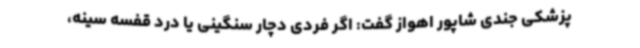
پزشکی جندی شاپور اهواز گفت: اگر فردی دچار سنگینی یا درد قفسه سینه،